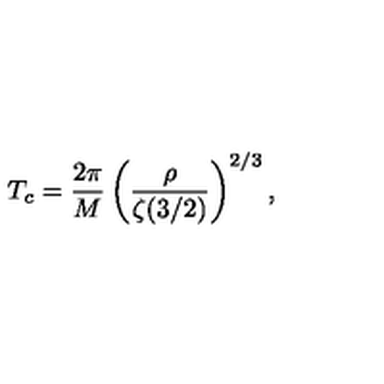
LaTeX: T _ { c } = { \frac { 2 \pi } { M } } \left( { \frac { \rho } { \zeta ( 3 / 2 ) } } \right) ^ { 2 / 3 } ,